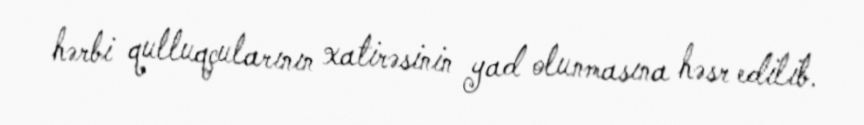
hərbi qulluqçularının xatirəsinin yad olunmasına həsr edilib.